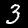
Label: 3